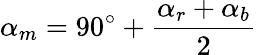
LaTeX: \alpha_{m}=90^{\circ}+{\frac{\alpha_{r}+\alpha_{b}}{2}}